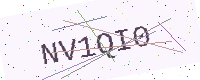
Text: NV1QI0